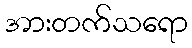
အားတက်သရော